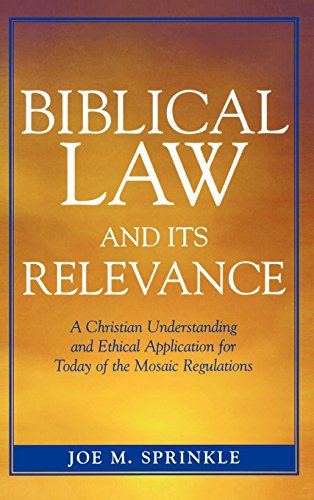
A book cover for Biblical Law and Its Relevance: A Christian Understanding and Ethical Application for Today of the Mosaic Regulations; Joe M. Sprinkle; Religion & Spirituality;